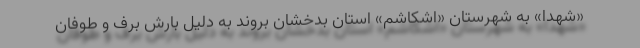
«شهدا» به شهرستان «اشکاشم» استان بدخشان بروند به دلیل بارش برف و طوفان